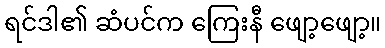
ရင်ဒါ၏ ဆံပင်က ကြေးနီ ဖျော့ဖျော့။